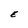
Character: E